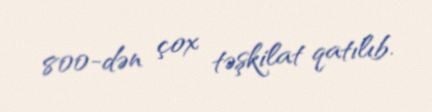
800-dən çox təşkilat qatılıb.